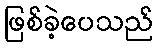
ဖြစ်ခဲ့ပေသည်